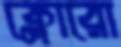
ক্লোরো